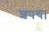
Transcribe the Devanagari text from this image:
शपथ।